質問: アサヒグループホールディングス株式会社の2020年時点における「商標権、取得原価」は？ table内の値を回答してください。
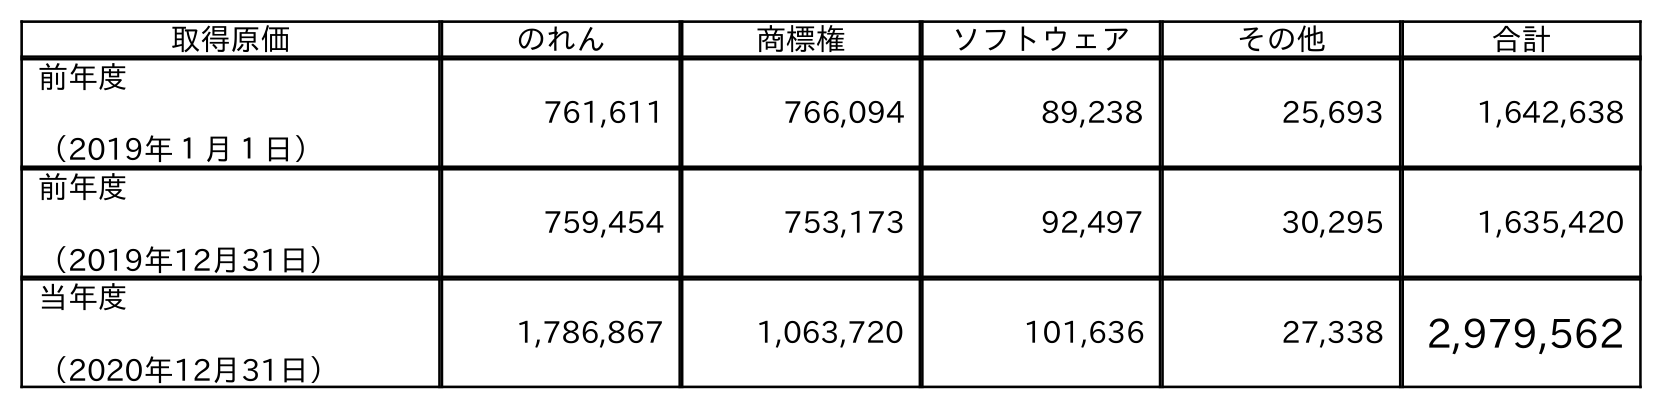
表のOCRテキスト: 取得原価 のれん 商標権 ソフトウェア その他 合計 前年度 （2019年１月１日） 761,611 766,094 89,238 25,693 1,642,638 前年度 （2019年12月31日） 759,454 753,173 92,497 30,295 1,635,420 当年度 （2020年12月31日） 1,786,867 1,063,720 101,636 27,338 2,979,562
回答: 1,063,720